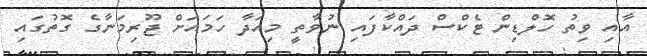
އާއި ވިތު ހޮލްޑިން ޓެކްސް ދައްކާފައި ނުވާތީ މިއަދާ ހަމައަށް ޖޫރިމަނާގެ ގޮތުގައި